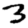
Digit: 3